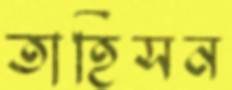
তাহিসন